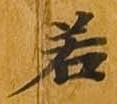
若